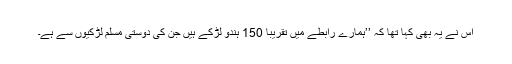
اس نے یہ بھی کہا تھا کہ ’’ہمارے رابطے میں تقریباً 150 ہندو لڑکے ہیں جن کی دوستی مسلم لڑکیوں سے ہے۔